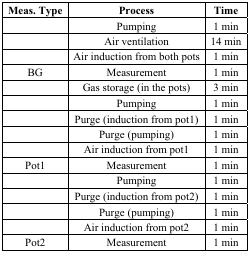
<table><thead><tr><td><b>Meas. Type</b></td><td><b>Process</b></td><td><b>Time</b></td></tr></thead><tbody><tr><td></td><td>Pumping</td><td>1 min</td></tr><tr><td></td><td>Air ventilation</td><td>14 min</td></tr><tr><td></td><td>Air induction from both pots</td><td>1 min</td></tr><tr><td>BG</td><td>Measurement</td><td>1 min</td></tr><tr><td></td><td>Gas storage (in the pots)</td><td>3 min</td></tr><tr><td></td><td>Pumping</td><td>1 min</td></tr><tr><td></td><td>Purge (induction from pot1)</td><td>1 min</td></tr><tr><td></td><td>Purge (pumping)</td><td>1 min</td></tr><tr><td></td><td>Air induction from pot1</td><td>1 min</td></tr><tr><td>Pot1</td><td>Measurement</td><td>1 min</td></tr><tr><td></td><td>Pumping</td><td>1 min</td></tr><tr><td></td><td>Purge (induction from pot2)</td><td>1 min</td></tr><tr><td></td><td>Purge (pumping)</td><td>1 min</td></tr><tr><td></td><td>Air induction from pot2</td><td>1 min</td></tr><tr><td>Pot2</td><td>Measurement</td><td>1 min</td></tr></tbody></table>